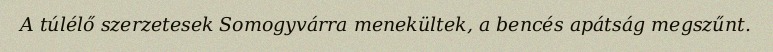
A túlélő szerzetesek Somogyvárra menekültek, a bencés apátság megszűnt.